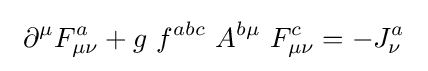
\ \partial ^{\mu }F_{\mu \nu }^{a}+g\ f^{abc}\ A^{b\mu }\ F_{\mu \nu }^{c}=-J_{\nu }^{a}~